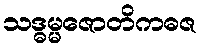
သဒ္ဓမ္မဇောတိကဓဇ